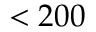
< 2 0 0